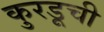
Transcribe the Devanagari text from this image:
कुरडूची